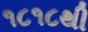
૧૮૧૮થી